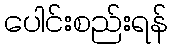
ပေါင်းစည်းရန်